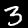
Label: 3